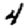
Digit: 4